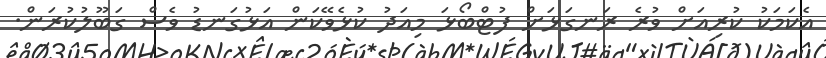
އެކަމަކު ކުރިއަށް ވުރެ ރަނގަޅަށް ފުޓްބޯޅަ މިއަދު ކުޅެވޭކަން އަޅުގަނޑު ވެސް ގަބޫލުކުރަން.